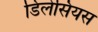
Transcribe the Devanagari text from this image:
डिलेसियस